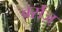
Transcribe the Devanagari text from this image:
वर्सज़